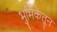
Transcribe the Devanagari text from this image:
भुमिकेतून